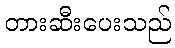
တားဆီးပေးသည်